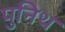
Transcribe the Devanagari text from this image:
पुनिथ